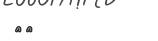
٣٤